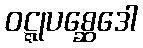
ဝဋ္ဋုပစ္ဆေဒေါ